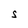
Character: S